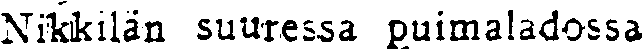
Nikkilän suuressa puimaladossa